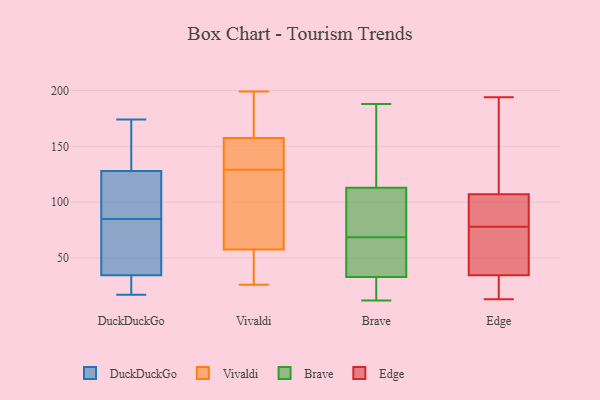
{"axis": {"x": "Inventory Turnover", "y": "Value"}, "legend": ["Brave", "DuckDuckGo", "Edge", "Vivaldi"], "data": [{"x": "", "y": 35, "type": "DuckDuckGo"}, {"x": "", "y": 32, "type": "DuckDuckGo"}, {"x": "", "y": 125, "type": "DuckDuckGo"}, {"x": "", "y": 174, "type": "DuckDuckGo"}, {"x": "", "y": 31, "type": "DuckDuckGo"}, {"x": "", "y": 22, "type": "DuckDuckGo"}, {"x": "", "y": 92, "type": "DuckDuckGo"}, {"x": "", "y": 115, "type": "DuckDuckGo"}, {"x": "", "y": 41, "type": "DuckDuckGo"}, {"x": "", "y": 131, "type": "DuckDuckGo"}, {"x": "", "y": 34, "type": "DuckDuckGo"}, {"x": "", "y": 17, "type": "DuckDuckGo"}, {"x": "", "y": 78, "type": "DuckDuckGo"}, {"x": "", "y": 122, "type": "DuckDuckGo"}, {"x": "", "y": 146, "type": "DuckDuckGo"}, {"x": "", "y": 168, "type": "DuckDuckGo"}, {"x": "", "y": 37, "type": "DuckDuckGo"}, {"x": "", "y": 41, "type": "DuckDuckGo"}, {"x": "", "y": 137, "type": "DuckDuckGo"}, {"x": "", "y": 122, "type": "DuckDuckGo"}, {"x": "", "y": 157, "type": "Vivaldi"}, {"x": "", "y": 159, "type": "Vivaldi"}, {"x": "", "y": 114, "type": "Vivaldi"}, {"x": "", "y": 59, "type": "Vivaldi"}, {"x": "", "y": 129, "type": "Vivaldi"}, {"x": "", "y": 149, "type": "Vivaldi"}, {"x": "", "y": 199, "type": "Vivaldi"}, {"x": "", "y": 97, "type": "Vivaldi"}, {"x": "", "y": 198, "type": "Vivaldi"}, {"x": "", "y": 46, "type": "Vivaldi"}, {"x": "", "y": 53, "type": "Vivaldi"}, {"x": "", "y": 133, "type": "Vivaldi"}, {"x": "", "y": 26, "type": "Vivaldi"}, {"x": "", "y": 45, "type": "Brave"}, {"x": "", "y": 13, "type": "Brave"}, {"x": "", "y": 77, "type": "Brave"}, {"x": "", "y": 36, "type": "Brave"}, {"x": "", "y": 62, "type": "Brave"}, {"x": "", "y": 102, "type": "Brave"}, {"x": "", "y": 12, "type": "Brave"}, {"x": "", "y": 185, "type": "Brave"}, {"x": "", "y": 31, "type": "Brave"}, {"x": "", "y": 35, "type": "Brave"}, {"x": "", "y": 188, "type": "Brave"}, {"x": "", "y": 75, "type": "Brave"}, {"x": "", "y": 115, "type": "Brave"}, {"x": "", "y": 156, "type": "Brave"}, {"x": "", "y": 111, "type": "Brave"}, {"x": "", "y": 31, "type": "Brave"}, {"x": "", "y": 99, "type": "Edge"}, {"x": "", "y": 39, "type": "Edge"}, {"x": "", "y": 89, "type": "Edge"}, {"x": "", "y": 151, "type": "Edge"}, {"x": "", "y": 84, "type": "Edge"}, {"x": "", "y": 85, "type": "Edge"}, {"x": "", "y": 114, "type": "Edge"}, {"x": "", "y": 13, "type": "Edge"}, {"x": "", "y": 21, "type": "Edge"}, {"x": "", "y": 23, "type": "Edge"}, {"x": "", "y": 175, "type": "Edge"}, {"x": "", "y": 100, "type": "Edge"}, {"x": "", "y": 194, "type": "Edge"}, {"x": "", "y": 40, "type": "Edge"}, {"x": "", "y": 23, "type": "Edge"}, {"x": "", "y": 72, "type": "Edge"}, {"x": "", "y": 55, "type": "Edge"}, {"x": "", "y": 189, "type": "Edge"}, {"x": "", "y": 35, "type": "Edge"}, {"x": "", "y": 34, "type": "Edge"}]}